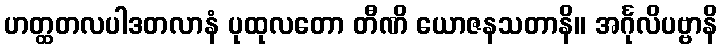
ဟတ္ထတလပါဒတလာနံ ပုထုလတော တီဏိ ယောဇနသတာနိ။ အင်္ဂုလိပဗ္ဗာနိ